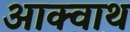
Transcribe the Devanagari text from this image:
आक्वाथ